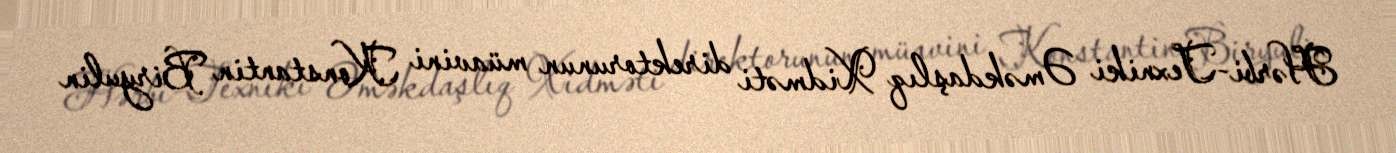
Hərbi-Texniki Əməkdaşlıq Xidməti direktorunun müavini Konstantin Biryulin